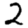
Digit: 2